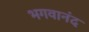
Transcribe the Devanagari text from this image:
भगवानंद